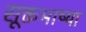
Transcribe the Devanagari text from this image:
सूक्तभाष्या